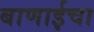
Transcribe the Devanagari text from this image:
बाणाईचा